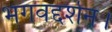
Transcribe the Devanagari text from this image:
भगवद्दर्शन।